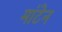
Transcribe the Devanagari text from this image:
मांटेन